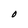
Character: O